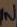
Text: IN